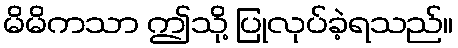
မိမိကသာ ဤသို့ ပြုလုပ်ခဲ့ရသည်။